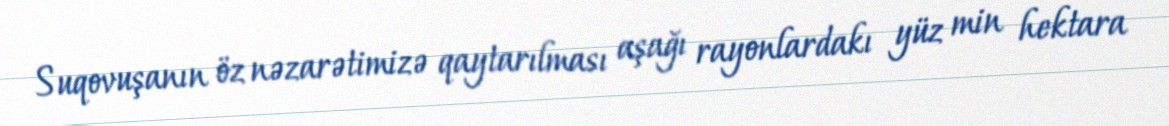
Suqovuşanın öz nəzarətimizə qaytarılması aşağı rayonlardakı yüz min hektara